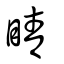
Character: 睛